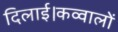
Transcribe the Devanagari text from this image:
दिलाई।कव्वालों